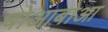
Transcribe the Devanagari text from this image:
बोआबोआ